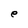
Character: e